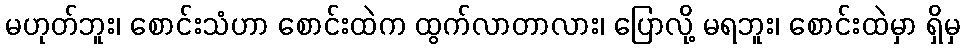
မဟုတ်ဘူး၊ စောင်းသံဟာ စောင်းထဲက ထွက်လာတာလား၊ ပြောလို့ မရဘူး၊ စောင်းထဲမှာ ရှိမှ